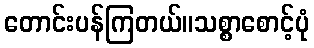
တောင်းပန်ကြတယ်။သစ္စာစောင့်ပုံ